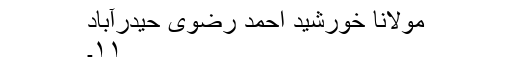
مولانا خورشید احمد رضوی حیدرآباد
۱۱۔